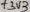
Text: +3V3